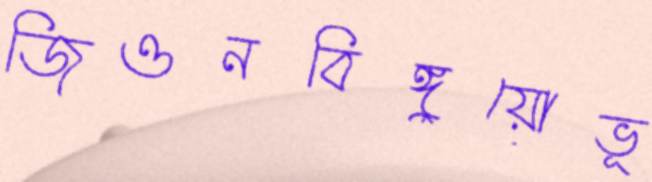
জিওনবিঙ্গুয়োভূ